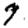
Digit: 7